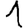
Digit: 1